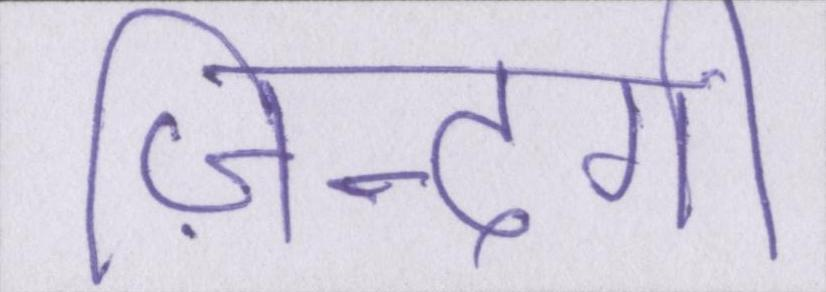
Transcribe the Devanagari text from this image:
ज़िन्दगी